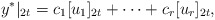
\begin{align*}y^*|_{2t} = c_1 [u_1]_{2t} + \cdots + c_r [u_r]_{2t},\end{align*}